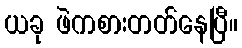
ယခု ဖဲကစားတတ်နေပြီ။